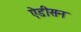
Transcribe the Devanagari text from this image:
ऐडीसन